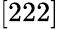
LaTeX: [222]